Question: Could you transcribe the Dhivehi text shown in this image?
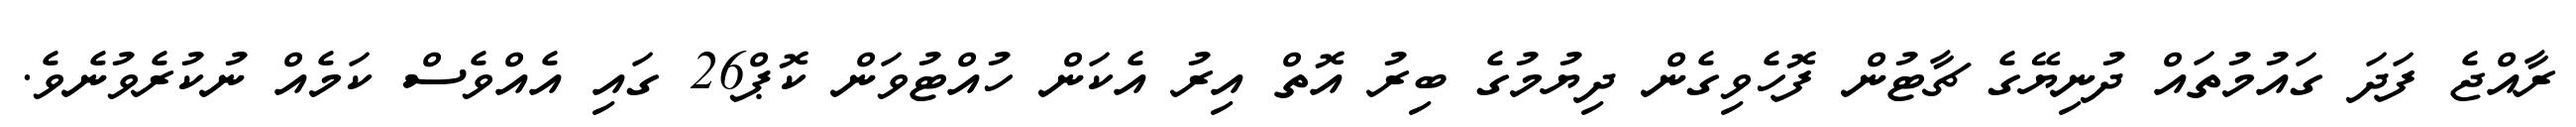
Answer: ރާއްޖެ ފަދަ ގައުމުތައް ދުނިޔޭގެ ޗާޓުން ފޮހެވިގެން ދިޔުމުގެ ބިރު އޮތް އިރު އެކަން ހުއްޓުވަން ކޮޕް26 ގައި އެއްވެސް ކަމެއް ނުކުރެވުނެވެ.